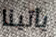
يأتينا